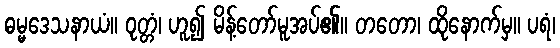
ဓမ္မဒေသနာယံ။ ဝုတ္တံ၊ ဟူ၍ မိန့်တော်မူအပ်၏။ တတော၊ ထိုနောက်မှ။ ပရံ၊